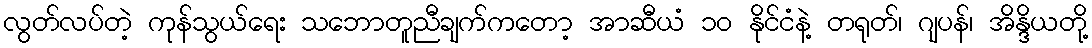
လွတ်လပ်တဲ့ ကုန်သွယ်ရေး သဘောတူညီချက်ကတော့ အာဆီယံ ၁၀ နိုင်ငံနဲ့ တရုတ်၊ ဂျပန်၊ အိန္ဒိယတို့